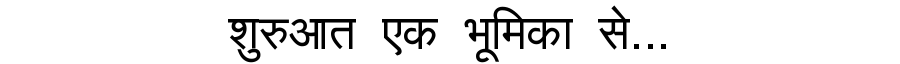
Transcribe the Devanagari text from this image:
शुरुआत एक भूमिका से...